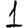
Digit: 1